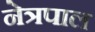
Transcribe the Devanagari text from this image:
नेत्रपाल